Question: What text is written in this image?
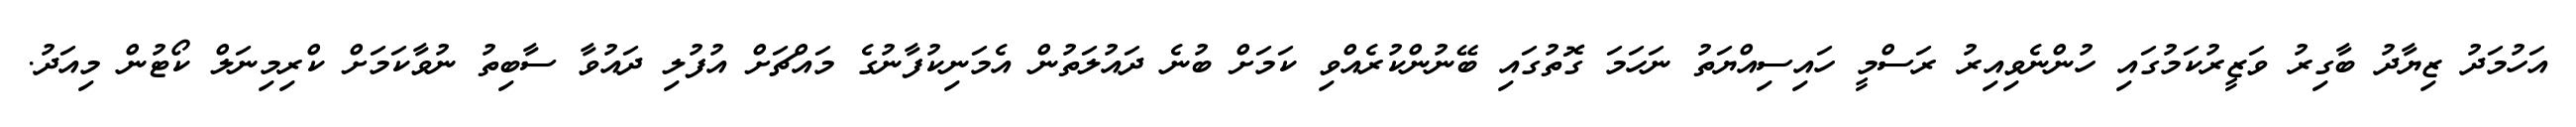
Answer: އަހުމަދު ޒިޔާދު ބާގިރު ވަޒީރުކަމުގައި ހުންނެވިއިރު ރަސްމީ ހައިސިއްޔަތު ނަހަމަ ގޮތުގައި ބޭނުންކުރެއްވި ކަމަށް ބުނެ ދައުލަތުން އެމަނިކުފާނުގެ މައްޗަށް އުފުލި ދައުވާ ސާބިތު ނުވާކަމަށް ކްރިމިނަލް ކޯޓުން މިއަދު.